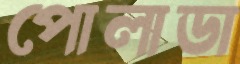
পোলাডা